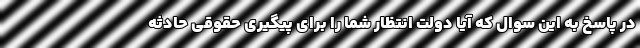
در پاسخ به این سوال که آیا دولت انتظار شما را برای پیگیری حقوقی حادثه